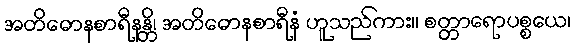
အတိဓောနစာရီနန္တိ၊ အတိဓောနစာရီနံ ဟူသည်ကား။ စတ္တာရောပစ္စယေ၊